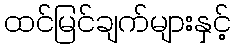
ထင်မြင်ချက်များနှင့်